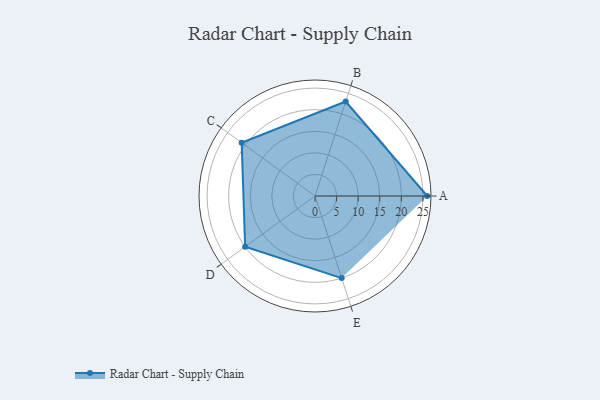
{"axis": {"x": "Skill", "y": "Score"}, "legend": ["Profile"], "data": [{"x": "A", "y": 26.0, "type": "Profile"}, {"x": "B", "y": 23.0, "type": "Profile"}, {"x": "C", "y": 21.0, "type": "Profile"}, {"x": "D", "y": 20.0, "type": "Profile"}, {"x": "E", "y": 20, "type": "Profile"}]}